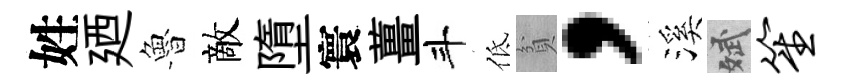
姓廼魯敵墮寰薑斗低貧，溪斌笙